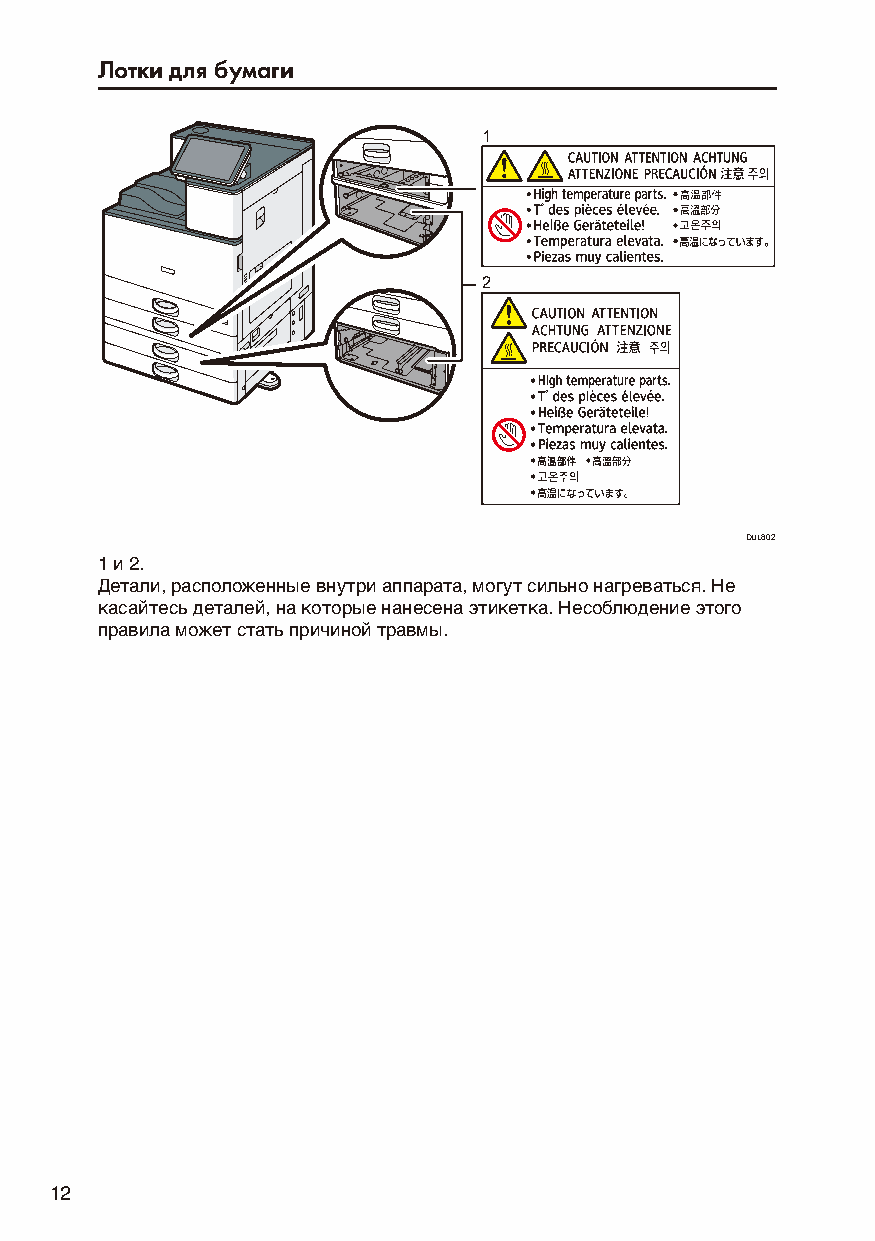
Лотки для бумаги
 1
 2
 DUL802
 1 и 2.
 Детали, расположенные внутри аппарата, могут сильно нагреваться. Не
 касайтесь деталей, на которые нанесена этикетка. Несоблюдение этого
 правила может стать причиной травмы.
 12